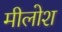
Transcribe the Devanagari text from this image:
मीलोश